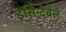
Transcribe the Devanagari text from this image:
इसिन्देबेले